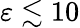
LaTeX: \varepsilon\lesssim 10